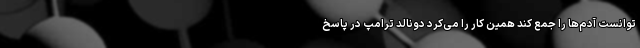
‌توانست آدم‌ها را جمع کند همین کار را می‌کرد دونالد ترامپ در پاسخ